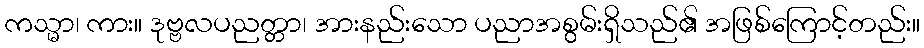
ကသ္မာ၊ ကား။ ဒုဗ္ဗလပညတ္တာ၊ အားနည်းသော ပညာအစွမ်းရှိသည်၏ အဖြစ်ကြောင့်တည်း။